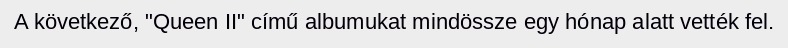
A következő, "Queen II" című albumukat mindössze egy hónap alatt vették fel.